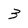
Character: 3